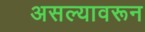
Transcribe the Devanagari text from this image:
असल्यावरून